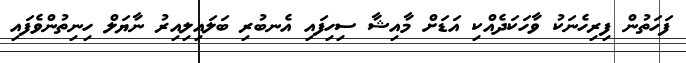
ފަހަތުން ފިރިހެނަކު ވާހަކަދެއްކި އަޑަށް މާއިޝާ ސިހިފައި އެނބުރި ބަލައިލިއިރު ނާޔަލް ހިނިތުންވެފައި